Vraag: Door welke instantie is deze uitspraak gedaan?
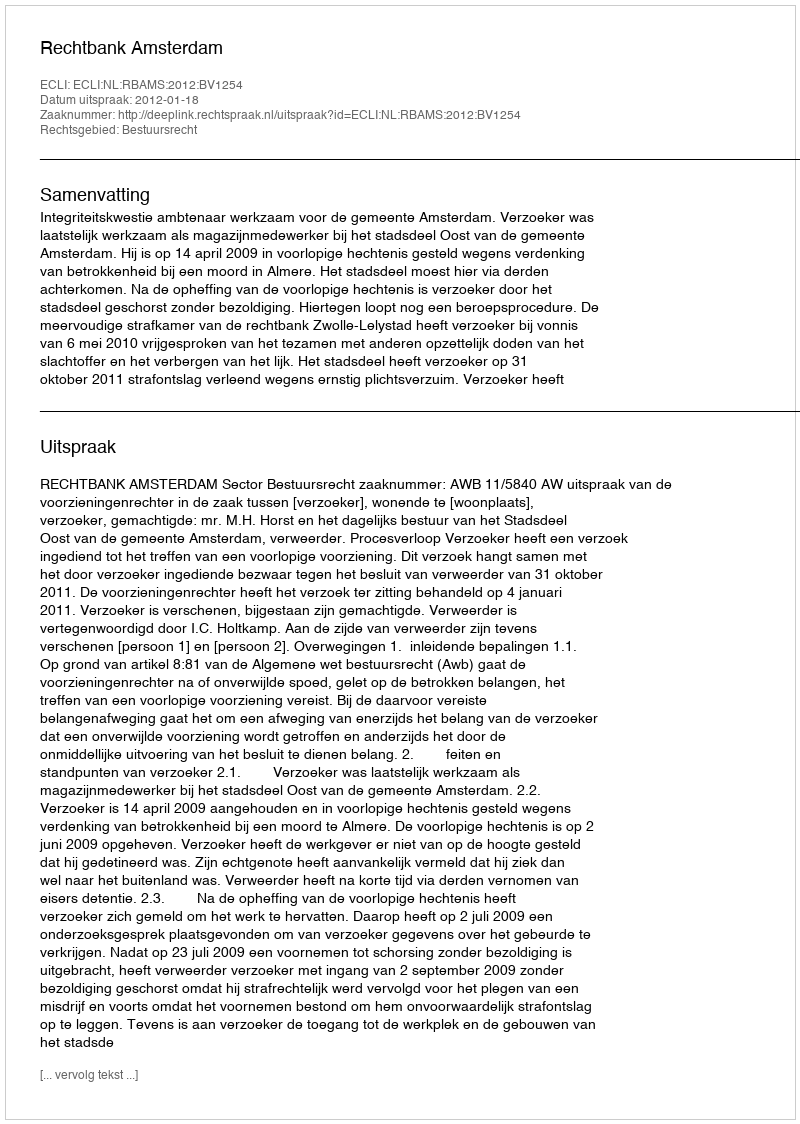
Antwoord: Rechtbank Amsterdam